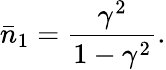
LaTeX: \bar{n}_{1}=\frac{\gamma^{2}}{1-\gamma^{2}}.